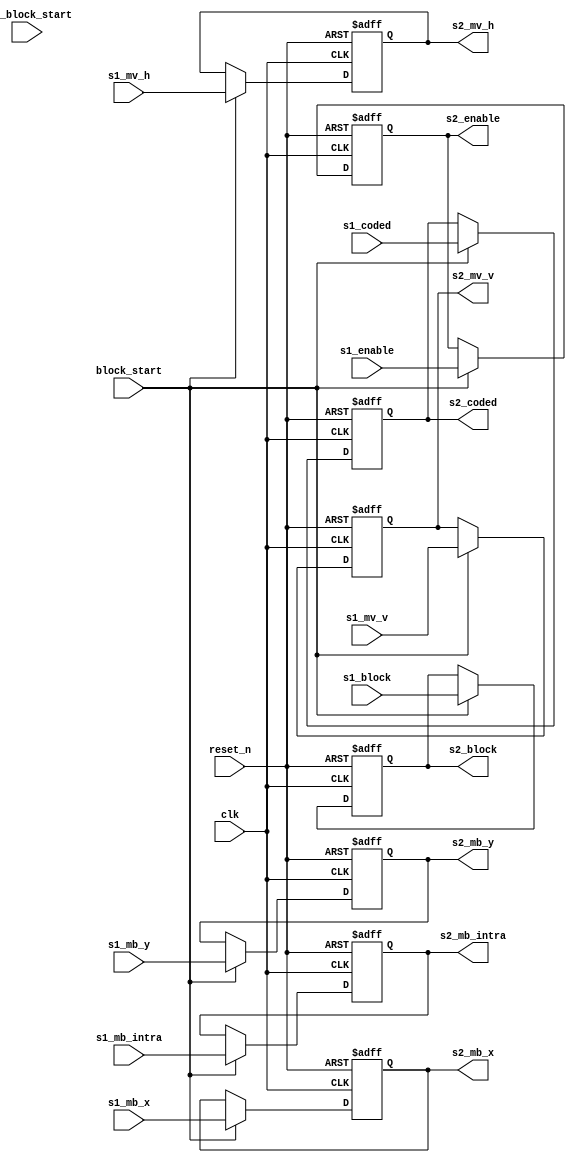
//================================================================================
// MPEG2 Video Side Information container (2nd stage)
// Written by kimu_shu
//================================================================================

module m2vside2 #(
	parameter
	MVH_WIDTH = 16,
	MVV_WIDTH = 15,
	MBX_WIDTH = 6,
	MBY_WIDTH = 5
) (
	// common
	input        clk,
	input        reset_n,

	// from m2vside1
	input [(MVH_WIDTH-1):0] s1_mv_h,
	input [(MVV_WIDTH-1):0] s1_mv_v,
	input [(MBX_WIDTH-1):0] s1_mb_x,
	input [(MBY_WIDTH-1):0] s1_mb_y,
	input        s1_mb_intra,
	input  [2:0] s1_block,
	input        s1_coded,
	input        s1_enable,

	// from m2vctrl
	input        pre_block_start,
	input        block_start,

	// to m2vidct, m2vside3
	output [(MVH_WIDTH-1):0] s2_mv_h,
	output [(MVV_WIDTH-1):0] s2_mv_v,
	output [(MBX_WIDTH-1):0] s2_mb_x,
	output [(MBY_WIDTH-1):0] s2_mb_y,
	output       s2_mb_intra,
	output [2:0] s2_block,
	output       s2_coded,
	output       s2_enable
);

//--------------------------------------------------------------------------------
// Stage 2 (Latched by block_start pules)
//
reg [(MVH_WIDTH-1):0] s2_mv_h_r;
reg [(MVV_WIDTH-1):0] s2_mv_v_r;
reg [(MBX_WIDTH-1):0] s2_mb_x_r;
reg [(MBY_WIDTH-1):0] s2_mb_y_r;
reg       s2_mb_intra_r;
reg [2:0] s2_block_r;
reg       s2_coded_r;
reg       s2_enable_r;

// {{{
always @(posedge clk or negedge reset_n)
	if(~reset_n) begin
		s2_mv_h_r      <= 0;
		s2_mv_v_r      <= 0;
		s2_mb_x_r      <= 0;
		s2_mb_y_r      <= 0;
		s2_mb_intra_r  <= 1'b0;
		s2_block_r     <= 3'd0;
		s2_coded_r     <= 1'b0;
		s2_enable_r    <= 1'b0;
	end else if(block_start) begin
		s2_mv_h_r      <= s1_mv_h;
		s2_mv_v_r      <= s1_mv_v;
		s2_mb_x_r      <= s1_mb_x;
		s2_mb_y_r      <= s1_mb_y;
		s2_mb_intra_r  <= s1_mb_intra;
		s2_block_r     <= s1_block;
		s2_coded_r     <= s1_coded;
		s2_enable_r    <= s1_enable;
	end

assign s2_mv_h = s2_mv_h_r;
assign s2_mv_v = s2_mv_v_r;
assign s2_mb_x = s2_mb_x_r;
assign s2_mb_y = s2_mb_y_r;
assign s2_mb_intra = s2_mb_intra_r;
assign s2_block = s2_block_r;
assign s2_coded = s2_coded_r;
assign s2_enable = s2_enable_r;
// }}}

endmodule
// vim:set foldmethod=marker: